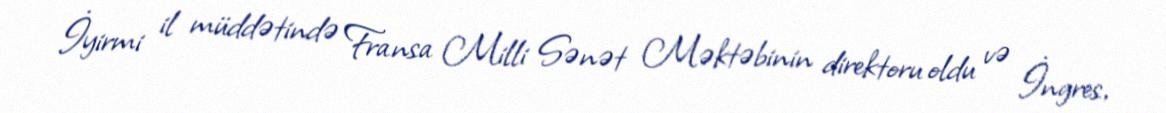
İyirmi il müddətində Fransa Milli Sənət Məktəbinin direktoru oldu və İngres,